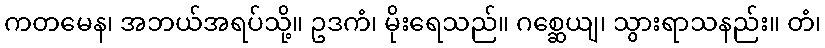
ကတမေန၊ အဘယ်အရပ်သို့။ ဥဒကံ၊ မိုးရေသည်။ ဂစ္ဆေယျ၊ သွားရာသနည်း။ တံ၊